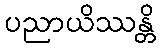
ပညာယိဿန္တိ